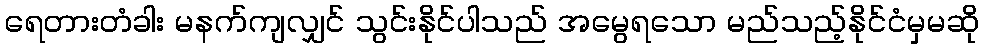
ရေတားတံခါး မနက်ကျလျှင် သွင်းနိုင်ပါသည် အမွေရသော မည်သည့်နိုင်ငံမှမဆို